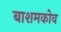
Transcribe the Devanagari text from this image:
बाशमकोव